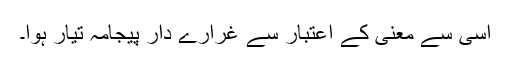
اسی سے معنی کے اعتبار سے غرارے دار پیجامہ تیار ہوا۔